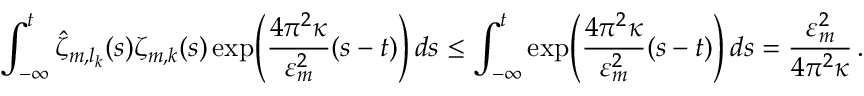
\int _ { - \infty } ^ { t } \hat { \zeta } _ { m , l _ { k } } ( s ) \zeta _ { m , k } ( s ) \exp \mathopen { } \mathclose \bgroup \left( \frac { 4 \pi ^ { 2 } \kappa } { \varepsilon _ { m } ^ { 2 } } ( s - t ) \aftergroup \egroup \right) \, d s \leq \int _ { - \infty } ^ { t } \exp \mathopen { } \mathclose \bgroup \left( \frac { 4 \pi ^ { 2 } \kappa } { \varepsilon _ { m } ^ { 2 } } ( s - t ) \aftergroup \egroup \right) \, d s = \frac { \varepsilon _ { m } ^ { 2 } } { 4 \pi ^ { 2 } \kappa } \, .